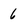
Character: 6